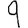
Digit: 9